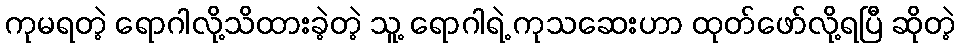
ကုမရတဲ့ ရောဂါလို့သိထားခဲ့တဲ့ သူ့ ရောဂါရဲ့ ကုသဆေးဟာ ထုတ်ဖော်လို့ရပြီ ဆိုတဲ့